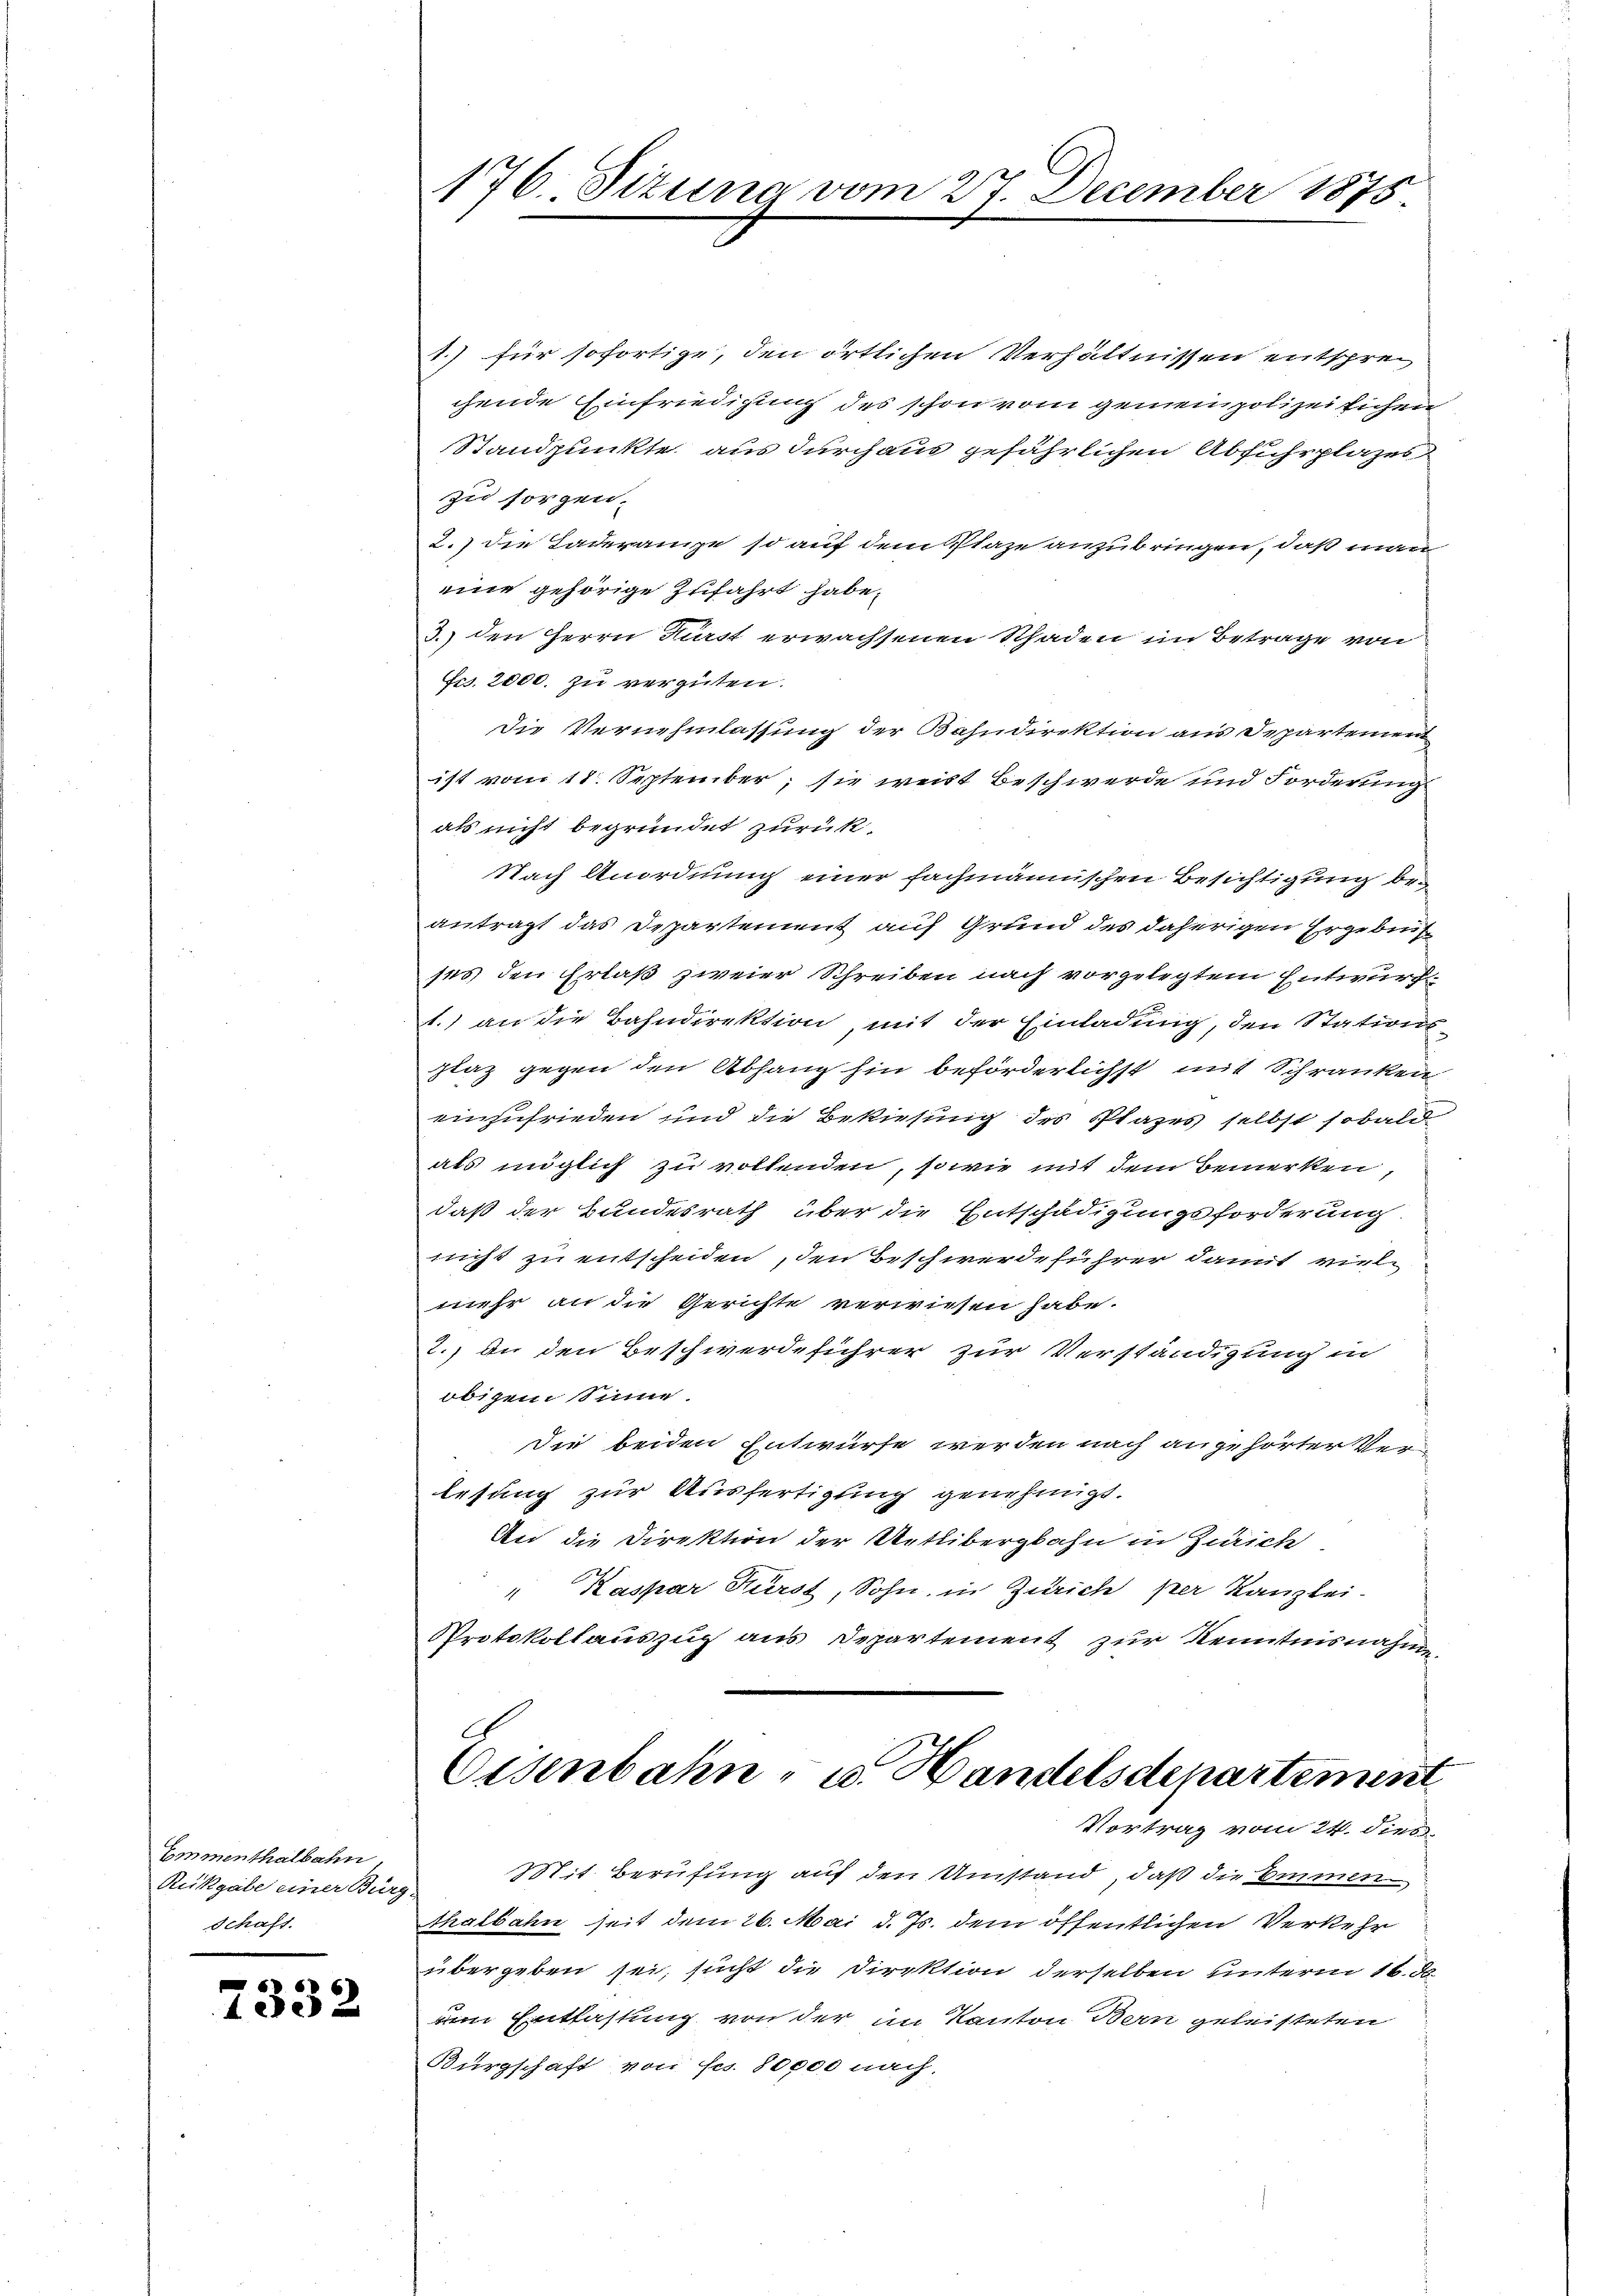
Emmenthalbahn,
Rukgabe einer Burg
Schaft.

7332

176. Sitzung vom 27. December 1875.

1.) für sofortige, den örtlichen Verhältnissen entsprechende Einfriedigung des schon vom gemeinpolizeilichen
Standpunkte aus durchaus gefährlichen Abfuhrplazes
zu sorgen.
2.) die Taderanze so auf dem Plaze anzubringen, daß man
eine gehörige Zufahrt habe.
3.) den Herrn Fürst erwachsenen Schaden im Betrage von
Fr. 2000. zu vergüten.
Die Vernehmlassung der Bahndirektion aus Departement
ist vom 18. September; sie weist Beschwerde und Forderung
als nicht begründet zurük¬
Nach Anordnung einer fachmännischen Besichtigung beantragt das Departement auf Grund des daherigen Ergebnis
ses den Erlaß zweier Schreiben nach vorgelegtem Entwurf
1.) an die Bahndirektion mit der Einladung, den Stationsstaz gegen den Abhang hin beförderlichst mit Schranken
einzufrieden und die Bekiesung des Plazes selbst sobald
als möglich zu vollenden, sowie mit dem Bemerken,
daß der Bundesrath über die Entschädigungsforderung.
nicht zu entscheiden, den Beschwerdeführer damit viele
mehr an die Gerichte verwiesen habe.
2.) An den Beschwerdeführer zur Verständigung in
obigem Sinne.
Die beiden Entwurfe werden nach angehörter Verlesung zur Ausfertigung genehmigt.
An die Direktion der Wetlibergbahn in Zürich
" Kaspar Kürst, Sohn, in Zürich per Kanzlei-
Protokollauszug aus Departement zur Kenntnisnahm

Eisenbahn- u. Handelsdepartement
Vortrag vom 24. dies

Mit Berufung auf den Umstand, daß die Emmen
thalbahn seit dem 26. Mai d. Js. dem öffentlichen Verkehr
übergeben sei, sucht die Direktion derselben unterm 16. de
um Entlastung von der im Kanton Bern geleisteten
Bürgschaft von Frs. 80000 nach